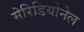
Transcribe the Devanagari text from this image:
मेरिडियोनेल